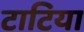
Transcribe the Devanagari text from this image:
टाटिया